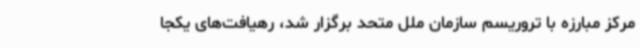
مرکز مبارزه با تروریسم سازمان ملل متحد برگزار شد، رهیافت‌های یکجا